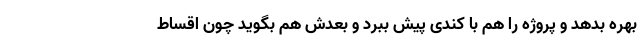
بهره بدهد و پروژه را هم با کندی پیش ببرد و بعدش هم بگوید چون اقساط